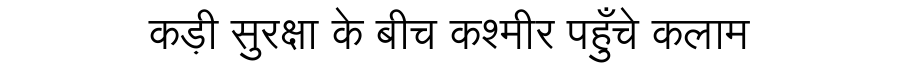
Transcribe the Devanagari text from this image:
कड़ी सुरक्षा के बीच कश्मीर पहुँचे कलाम